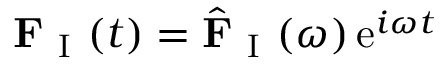
\mathbf { F } _ { \mathrm { ~ I ~ } } ( t ) = \hat { \mathbf { F } } _ { \mathrm { ~ I ~ } } ( \omega ) \, \mathrm { e } ^ { i \omega t }